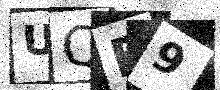
Text: UQB9